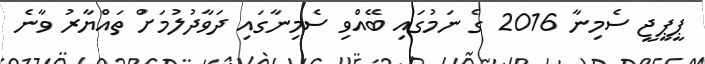
ޕީޕީޖީ ސެމިނާ 2016 ގެ ނަމުގައި ބޭއްވި ސެމިނާގައި ދަވާދުލުމަށް ތައްޔާރު ވާނެ